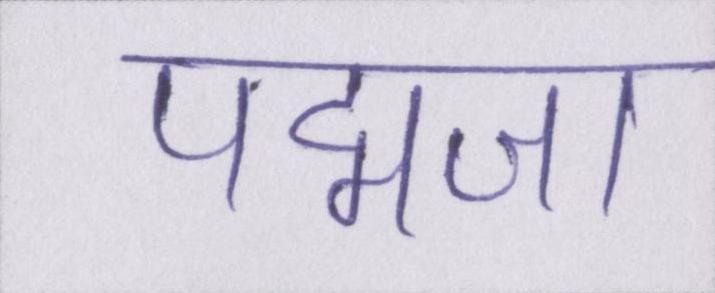
पद्मजा